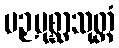
ပဉှပုစ္ဆာသုတ္တံ